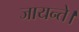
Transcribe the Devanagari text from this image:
जायन्ते।